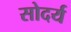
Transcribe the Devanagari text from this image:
सोदर्य